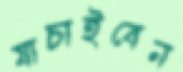
যাচাইবেন